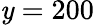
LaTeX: \mathit{y}=200